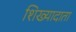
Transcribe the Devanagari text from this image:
शिख्यादाता